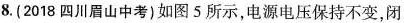
8.(2018四川眉山中考)如图5所示，电源电压保持不变，闭